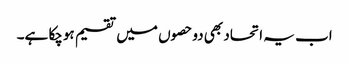
اب یہ اتحاد بھی دوحصوں میں تقسیم ہوچکا ہے۔